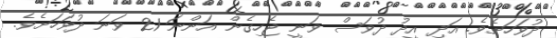
ދުވަހަށެވެ. އަދި އީދު ދުވަސް ވަނީ ޖެހިގެން އަންނަ 21 ވަނަ ދުވަހަށެވެ.